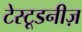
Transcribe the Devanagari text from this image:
टेस्टूडनीज़